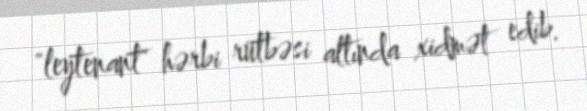
"leytenant" hərbi rütbəsi altında xidmət edib.